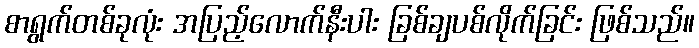
စာရွက်တစ်ခုလုံး အပြည့်လောက်နီးပါး ခြစ်ချပစ်လိုက်ခြင်း ဖြစ်သည်။